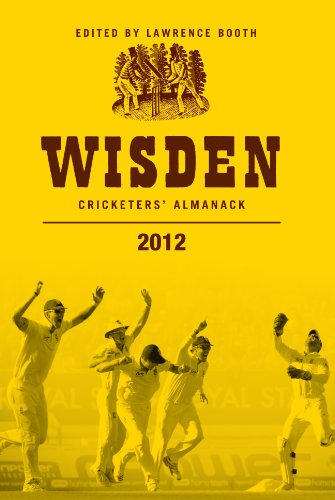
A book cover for Wisden Cricketers' Almanack 2012; Sports & Outdoors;